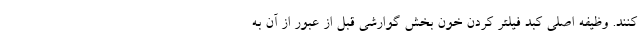
کنند. وظیفه اصلی کبد فیلتر کردن خون بخش گوارشی قبل از عبور از آن به